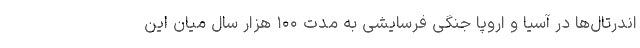
اندرتال‌ها در آسیا و اروپا جنگی فرسایشی به مدت ۱۰۰ هزار سال میان این